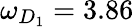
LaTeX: \omega_{D_{1}}=3.86